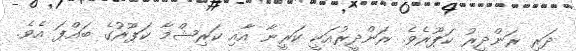
ދަރި ރަންދީރު ކަޕޫރެވެ. ރަންދީރުއަކީ ކަރީނާ އާއި ކަރިޝްމާ ކަޕޫރުގެ ބައްޕަ އެވެ.